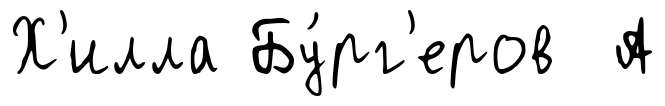
Х'илла Бу́рг'еров А